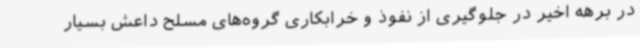
در برهه اخیر در جلوگیری از نفوذ و خرابکاری گروه‌های مسلح داعش بسیار